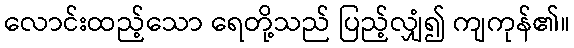
လောင်းထည့်သော ရေတို့သည် ပြည့်လျှံ၍ ကျကုန်၏။